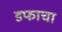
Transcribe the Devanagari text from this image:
डफाचा